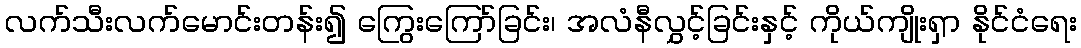
လက်သီးလက်မောင်းတန်း၍ ကြွေးကြော်ခြင်း၊ အလံနီလွှင့်ခြင်းနှင့် ကိုယ်ကျိုးရှာ နိုင်ငံရေး